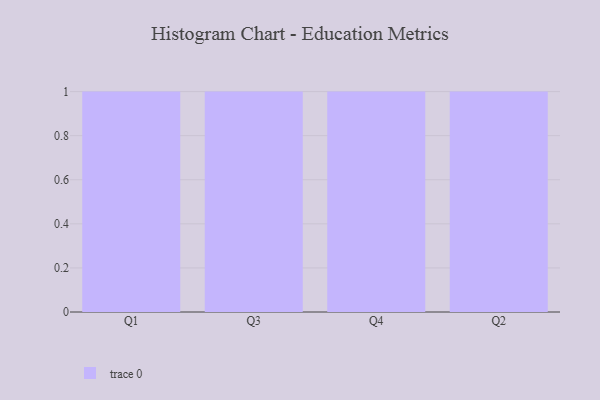
{"axis": {"x": "Quarter", "y": "Population (Million)"}, "legend": [""], "data": [{"x": "Q1", "y": 27, "type": ""}, {"x": "Q3", "y": 9, "type": ""}, {"x": "Q4", "y": 86, "type": ""}, {"x": "Q2", "y": 23, "type": ""}]}